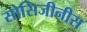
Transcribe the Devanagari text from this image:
सोसिजीनीस